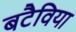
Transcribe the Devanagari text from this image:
बटैविया